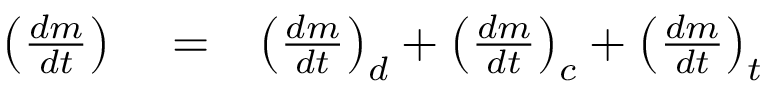
\begin{array} { r l r } { \left( \frac { d m } { d t } \right) } & { { } = } & { \left( \frac { d m } { d t } \right) _ { d } + \left( \frac { d m } { d t } \right) _ { c } + \left( \frac { d m } { d t } \right) _ { t } } \end{array}